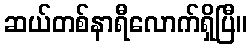
ဆယ်တစ်နာရီလောက်ရှိပြီ။